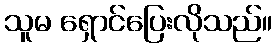
သူမ ရှောင်ပြေးလိုသည်။